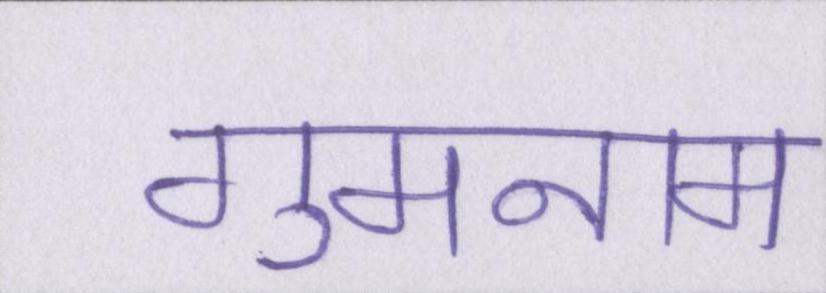
गुमनाम